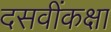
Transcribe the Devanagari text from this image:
दसवींकक्षा